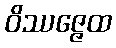
ဝိဿဇ္ဇေထ